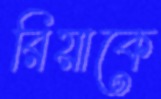
রিয়াকে